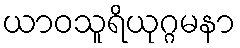
ယာဝသူရိယုဂ္ဂမနာ